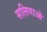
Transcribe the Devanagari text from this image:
सलिगाओ